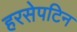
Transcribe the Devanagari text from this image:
हरसेपटिन